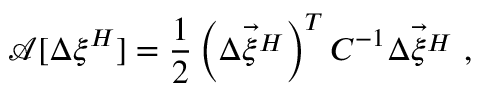
\mathcal { A } [ \Delta \xi ^ { H } ] = \frac 1 2 \left( \vec { \Delta \xi ^ { H } } \right) ^ { T } C ^ { - 1 } \vec { \Delta \xi ^ { H } } \ ,